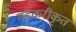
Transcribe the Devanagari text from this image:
गडकरीकृत